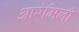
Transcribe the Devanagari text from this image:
आरंमिली